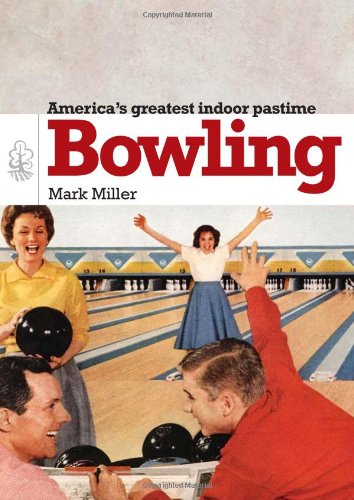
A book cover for Bowling (Shire General); Mark Miller; Crafts, Hobbies & Home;